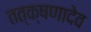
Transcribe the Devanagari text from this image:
तत्क्षणादेव